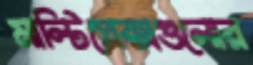
মাল্টিপ্লেক্সগুলোর